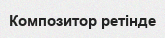
Композитор ретінде